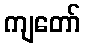
ကျတော်